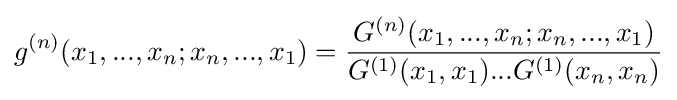
g^{(n)}(x_{1},...,x_{n};x_{n},...,x_{1})={\frac {G^{(n)}(x_{1},...,x_{n};x_{n},...,x_{1})}{G^{(1)}(x_{1},x_{1})...G^{(1)}(x_{n},x_{n})}}